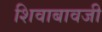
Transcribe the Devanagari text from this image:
शिवाबावजी